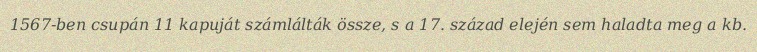
1567-ben csupán 11 kapuját számlálták össze, s a 17. század elején sem haladta meg a kb.